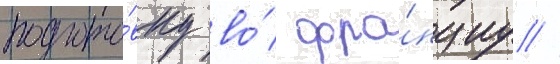
подгото́вку во́ фра́нциу //